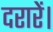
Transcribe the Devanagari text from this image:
दरारें।